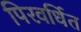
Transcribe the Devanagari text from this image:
पिरवर्धित